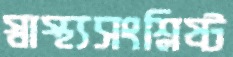
স্বাস্থ্যসংশ্লিষ্ট